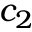
c _ { 2 }